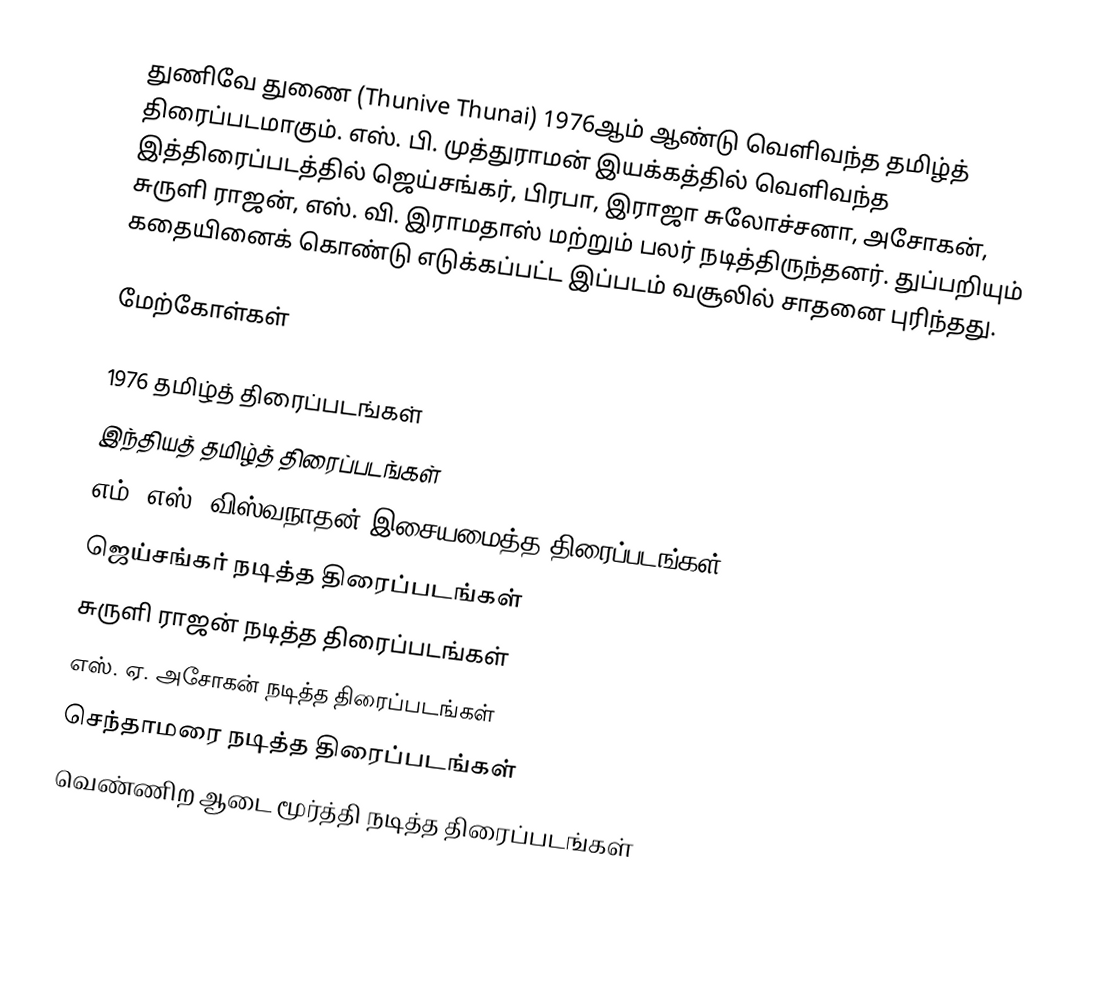
துணிவே துணை (Thunive Thunai) 1976ஆம் ஆண்டு வெளிவந்த தமிழ்த் திரைப்படமாகும். எஸ். பி. முத்துராமன் இயக்கத்தில் வெளிவந்த இத்திரைப்படத்தில் ஜெய்சங்கர், பிரபா, இராஜா சுலோச்சனா, அசோகன், சுருளி ராஜன், எஸ். வி. இராமதாஸ் மற்றும் பலர் நடித்திருந்தனர். துப்பறியும் கதையினைக் கொண்டு எடுக்கப்பட்ட இப்படம் வசூலில் சாதனை புரிந்தது.

மேற்கோள்கள்

1976 தமிழ்த் திரைப்படங்கள்
இந்தியத் தமிழ்த் திரைப்படங்கள்
எம். எஸ். விஸ்வநாதன் இசையமைத்த திரைப்படங்கள்
ஜெய்சங்கர் நடித்த திரைப்படங்கள்
சுருளி ராஜன் நடித்த திரைப்படங்கள்
எஸ். ஏ. அசோகன் நடித்த திரைப்படங்கள்
செந்தாமரை நடித்த திரைப்படங்கள்
வெண்ணிற ஆடை மூர்த்தி நடித்த திரைப்படங்கள்